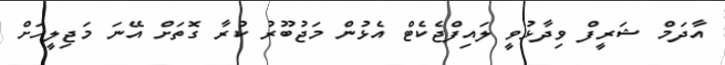
އާދަމް ޝަރީފް ވިދާޅުވީ ލައިފްޖެކެޓް އެޅުން މަޖުބޫރު ކުރާ ގޮތަށް އޭނަ މަޖިލީހަށް